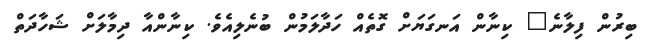
ބިރުން ފިލާނެ" ކިނާން އަނގަޔަށް ގޮތެއް ހަދާލަމުން ބުނެލިއެވެ. ކިނާންއާ ދިމާލަށް ޝަހާދަތް